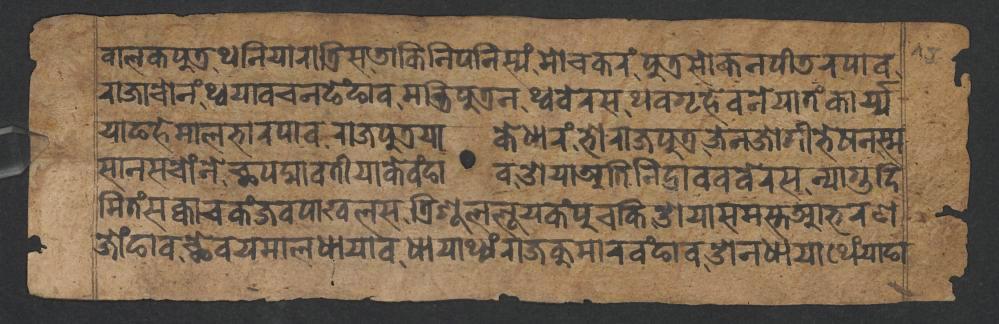
𑐧𑐵𑐮𑐎𑐥𑐸𑐟𑑂𑐬𑐠𑐣𑐶𑐫𑐵𑐬𑐵𑐟𑑂𑐬𑐶𑐳𑐜𑐵𑐎𑐶𑐣𑐶𑐥𑐣𑐶𑐳𑑂𑐫𑑄𑐩𑑀𑐔𑐎𑐬𑑄𑐥𑐸𑐟𑑂𑐬𑐳𑑀𑐎𑐣𑐥𑐷𑐜𑐬𑐥𑐵𑐰 𑐬𑐵𑐖𑐵𑐔𑑀𑐣𑑄𑐠𑑂𑐰𑐫𑐵𑐰𑐔𑐣𑐒𑐾𑑄𑐒𑐵𑐰𑐩𑐣𑑂𑐟𑑂𑐬𑐶𑐥𑐸𑐟𑑂𑐬𑐣𑐠𑑂𑐰𑐧𑐾𑐬𑐳𑐠𑐰𑐐𑐺𑐴𑐾𑐰𑐣𑐾𑐫𑐵𑐟𑑄𑐎𑐵𑐬𑑂𑐫𑑂𑐫 𑐫𑐵𑐒𑐴𑐾𑐩𑐵𑐮𑐨𑐵𑐬𑐥𑐵𑐰𑐬𑐵𑐖𑐥𑐸𑐟𑑂𑐬𑐫𑐵𑐎𑐾𑐢𑐵𑐬𑑄𑐨𑑀𑐬𑐵𑐖𑐥𑐸𑐟𑑂𑐬𑐖𑐾𑐣𑐖𑑀𑐐𑐷𑐨𑐾𑐲𑐣𑐳𑑂𑐩 𑐳𑐵𑐣𑐳𑐔𑑀𑑄𑐣𑐾𑐕𑐥𑐡𑑂𑐩𑐵𑐰𑐟𑐷𑐫𑐵𑐎𑐾𑐰𑑄𑐒𑐵𑐰𑐌𑐫𑐵𑐀𑐟𑐶𑐣𑐶𑐡𑑂𑐬𑐵𑐰𑐰𑐧𑐾𑐬𑐳𑐣𑑂𑐫𑐵𑐐𑐸𑐡𑐶 𑐩𑐶𑐟𑑄𑐳𑐎𑑂𑐰𑐵𑐔𑐎𑑄𑐖𑐰𑐥𑐵𑐏𑐮𑐳𑐟𑑂𑐬𑐶𑐱𑐹𑐮𑐮𑐹𑐫𑐎𑑄𑐥𑐸𑐔𑐎𑐶𑐌𑐫𑐵𑐳𑐩𑐳𑑂𑐟𑐁𑐨𑐬𑐞 𑐖𑑀𑑄𑐒𑐵𑐰𑐕𑐾𑐰𑐫𑐩𑐵𑐮𑐢𑐵𑐫𑐵𑐰𑐢𑐵𑐫𑐵𑐠𑑂𑐫𑑄𑐬𑐵𑐖𑐎𑐸𑐩𑐵𑐬𑐰𑑄𑐒𑐵𑐰𑐌𑐣𑐢𑐵𑐫𑐵𑐠𑐾𑑄𑐫𑐵𑐒𑐵